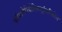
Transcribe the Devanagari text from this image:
फॉसफोरीबोसिलट्रांसफिरेस